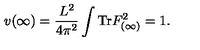
v ( \infty ) = \frac { L ^ { 2 } } { 4 \pi ^ { 2 } } \int \mathrm { T r } F _ { ( \infty ) } ^ { 2 } = 1 .